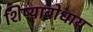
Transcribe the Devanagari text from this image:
शिष्याबोधाय